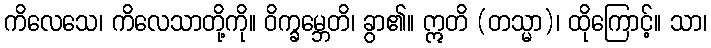
ကိလေသေ၊ ကိလေသာတို့ကို။ ဝိက္ခမ္ဘေတိ၊ ခွာ၏။ ဣတိ (တသ္မာ)၊ ထိုကြောင့်။ သာ၊